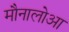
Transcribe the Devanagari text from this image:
मौनालोआ